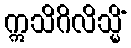
ဣသိဂိလိသ္မိံ